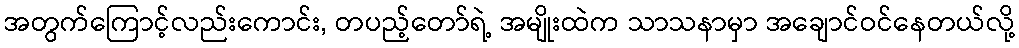
အတွက်ကြောင့်လည်းကောင်း, တပည့်တော်ရဲ့ အမျိုးထဲက သာသနာမှာ အချောင်ဝင်နေတယ်လို့